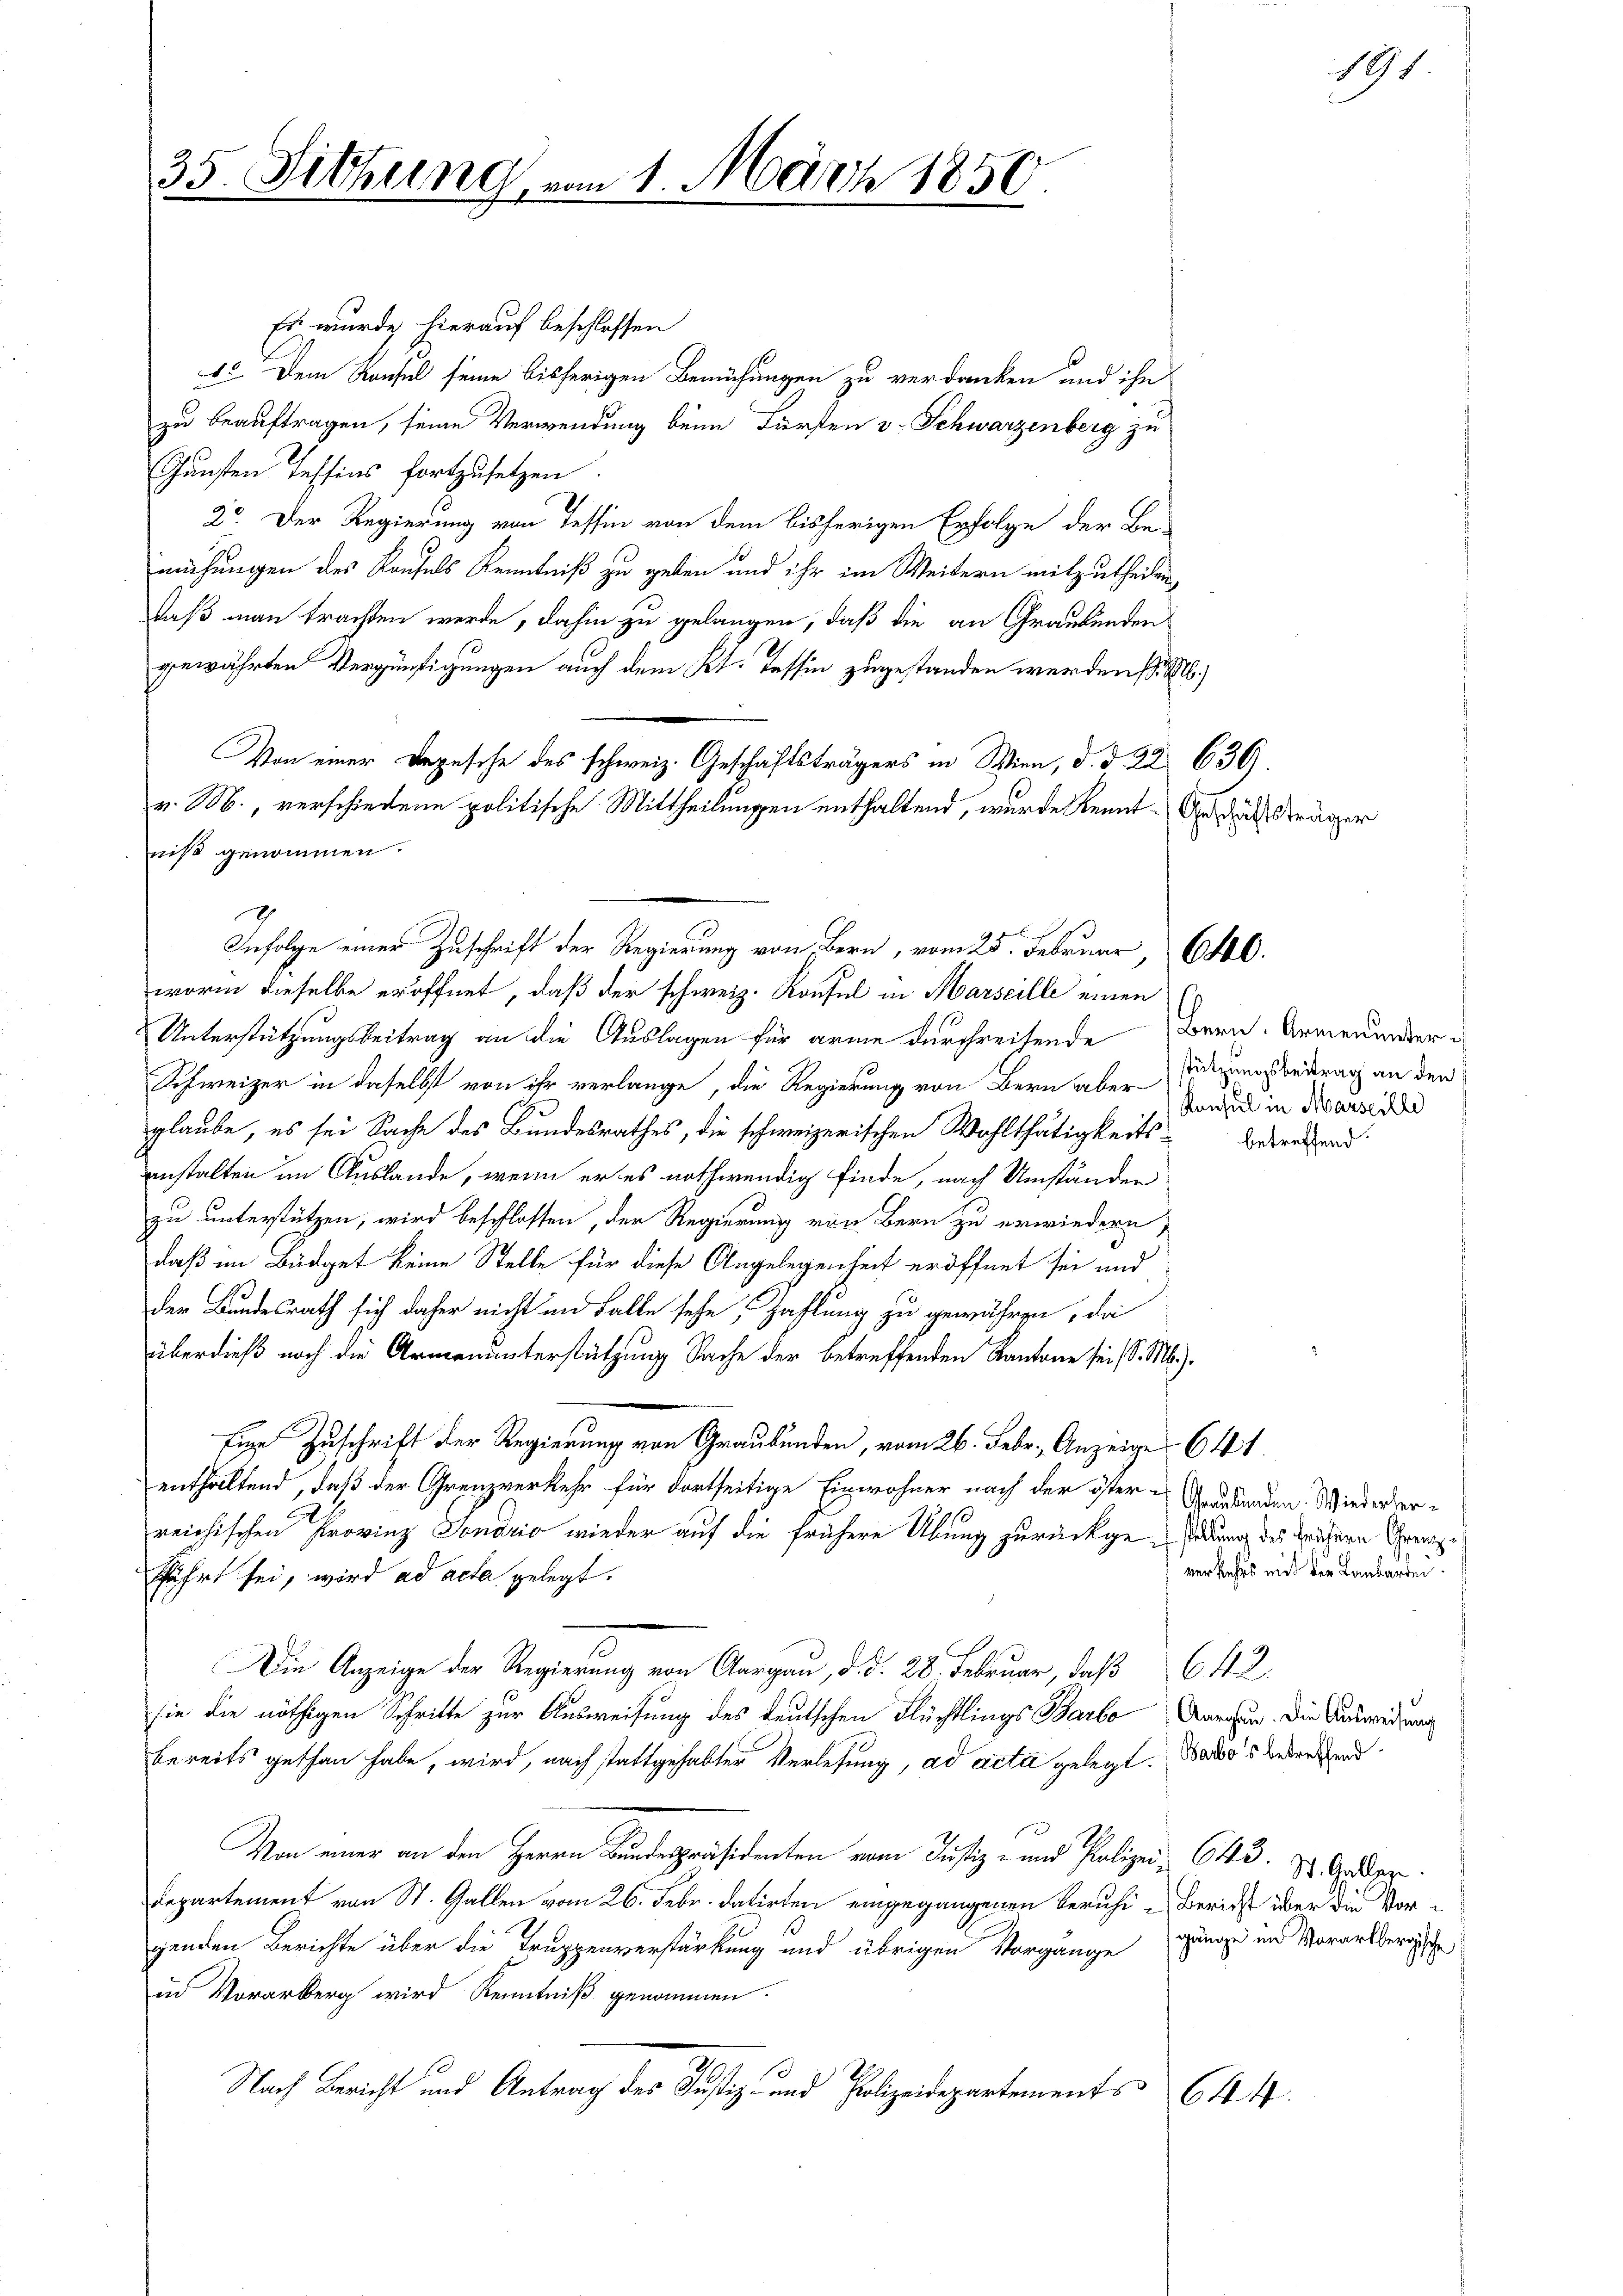
35. Sitzung

Es wurde hierauf beschlossen
1. Dem Konsul seine bisherigen Bemühungen zu verdanken und ihn
zu beauftragen, seine Verwendung beim Fürsten v. Schwarzenberg zu
Gunsten Tessins fortzusetzen.
2o. Der Regierung von Tessin von dem bisherigen Erfolge der Be-
mühungen des Kaufels Kenntniß zu geben und ihr im Weitern mitzutheilen,
daß man trachten werde, dahin zu gelangen, daß die an Graubünden
gewährten Vergünstigungen auch dem Kt. Tessin zugestanden werden s.
Von einer Vergesche des schweiz. Geschäftsträgers in Wien, d. d. 22 639.
v. M., verschiedene politische Mittheilungen enthaltend, wurde kennt. Und die Kräger
iis genommen.
worin dieselbe eröffnet, daß der schweiz. Konfel in Marseille einen
Unterstützungsbeitrag an die Auslagen für arme durchreisende Bern. Armenunder¬
Schweizer in daselbst von ihr verlange, die Regierung von Bern aber
glaube, es sei Sache des Bundesrathes, die schweizerischen Wohlthätigkeitsinstalten im Auslande, wenn er es nothwendig finde, nach Umständer
zu unterstützen, wird beschlossen, der Regierung von Bern zu erwiedern,
daß im Büdget keine Stelle für diese Angelegenheit eröffnet sei und
der Bundesrath sich daher nicht in Falle sehe, Zahlung zu gewähren, da
berdieß noch die Armenunterstützung Sache der betreffenden Kantone sei d. M.).
Eine Zuschrift der Regierung von Graubünden, vom 26. Febr. Anzeige 641.
enthaltend, daß der Grenzverkehr für dortseitige Einwohner nach der öster-Grandanden. Wiederverreichischen Provinz Jonario wieder auf die frühere Übung zurückgeladung des Leichern Grenze
fährt sei, wird ad acta gelegt.
Die Anzeige der Regierung von Aargau, d. d. 28. Februar, daß 642.
sie die nöthigen Schritte zur Ausweisung des deutschen Flüchtlings Barbo Aarahen. Die Ausweisung
bereits gethan habe, wird, nach stattgehabter Verlesung, ad acta gelegt. Dado's Bedeutend
Von einer an den Herrn Bundespräsidenten vom Justiz- und Polizei, 643. St. Gader
Repartement von St. Gallen vom 26. Febr. datirten eingegangenen Beruhi- Bericht über die Vorgenden Berichte über die Truppenverstärkung und übrigen Vorgänge ginge im Vorarlberische
in Vorarberg wird Kenntniß genommen.
Nach Bericht und Antrag des Justiz- und Polizeidepartements 644.

1. März 1850.

Infolge einer Zuschrift der Regierung von Bern, vom 25. Februar, 6400.

stützungsbeitrag an den
Konsul in Marseille
betreffend

verkehrs mit der Laubarden.

19